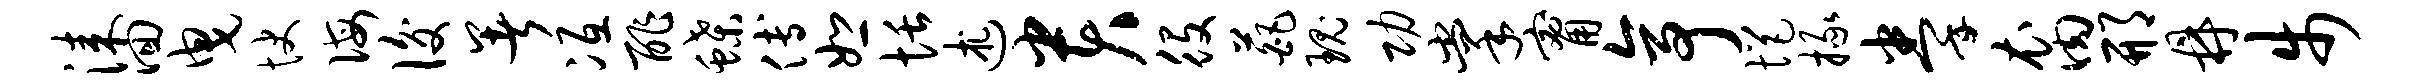
漆回曳快诲后暑冱酢蝶傅恕恬述贵役葩瑰功掌甯亭悒掾拳裔邢鼎步